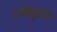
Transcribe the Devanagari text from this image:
उब्बेकुळ्ळ